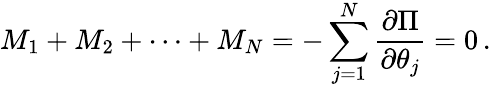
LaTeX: M_{1}+M_{2}+\cdots+M_{N}=-\sum_{j=1}^{N}\frac{\partial\Pi}{\partial\theta_{j}}=0\, .